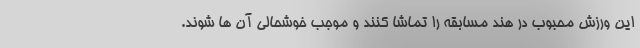
این ورزش محبوب در هند مسابقه را تماشا کنند و موجب خوشحالی آن ها شوند.